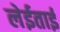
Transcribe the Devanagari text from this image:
लेईताई